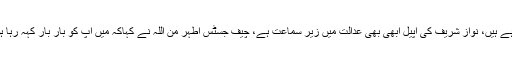
چیف جسٹس نے کہاکہ آپ پورے سسٹم پر لوگوں کا اعتماد تباہ کر رہے ہیں، نواز شریف کی اپیل ابھی بھی عدالت میں زیر سماعت ہے، چیف جسٹس اطہر من اللہ نے کہاکہ میں آپ کو بار بار کہہ رہا ہوں کہ عدالت کو پارلے منٹ اور منتخب ارکان اسمبلی کا احترام ہے ۔